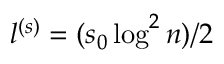
l ^ { ( s ) } = ( s _ { 0 } \log ^ { 2 } n ) / 2